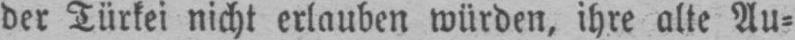
der Türkei nicht erlauben würden, ihre alte Au⸗